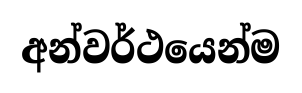
අන්වර්ථයෙන්ම